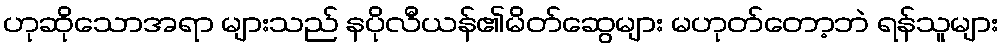
ဟုဆိုသောအရာ များသည် နပိုလီယန်၏မိတ်ဆွေများ မဟုတ်တော့ဘဲ ရန်သူများ